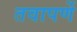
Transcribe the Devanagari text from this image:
तवापर्णे